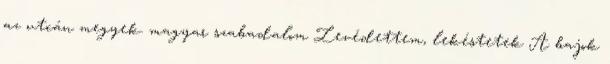
az utcán megyek. magyar szabadalom Levédettem, lekéstetek A bajok